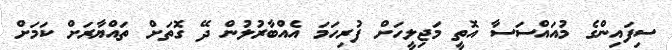
ސިފައިންގެ މުއައްސަަސާ އޮތީ މަޖިލީހަށް ފުރިހަމަ އެއްބާރުލުން ދޭ ގޮތަށް ތައްޔާރަށް ކަމަށް